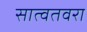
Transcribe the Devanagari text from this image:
सात्वतवरा